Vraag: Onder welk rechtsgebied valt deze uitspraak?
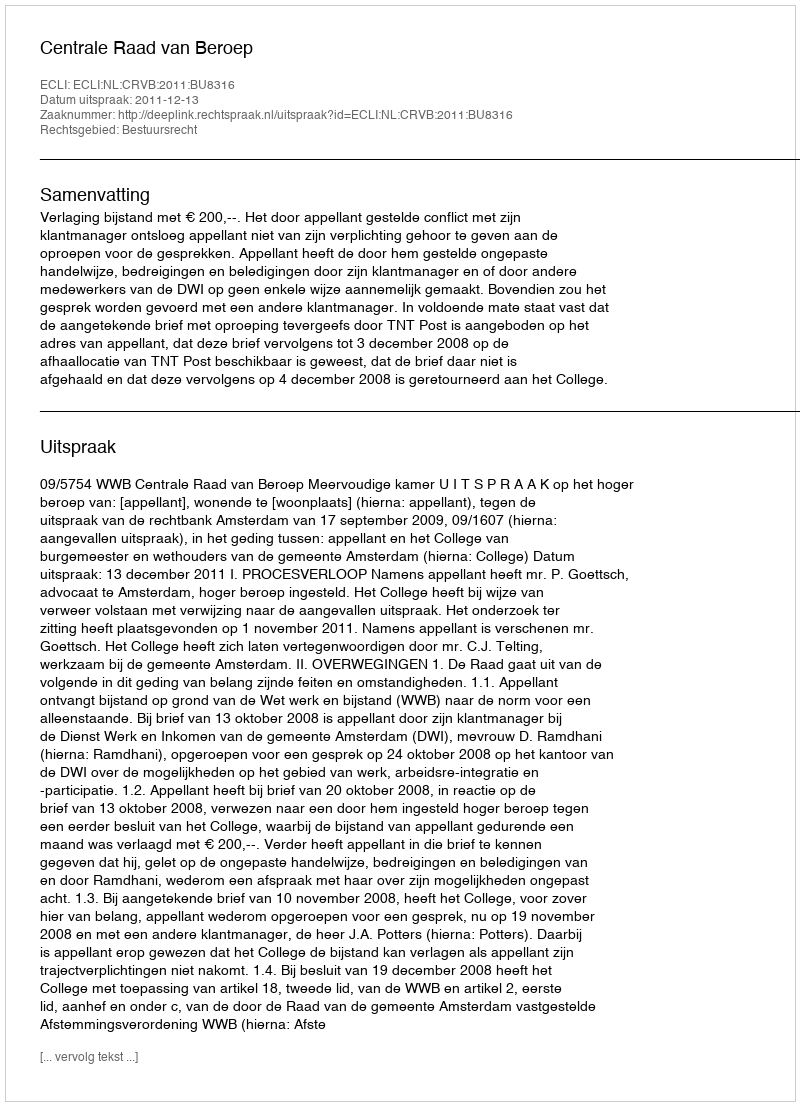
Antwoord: Bestuursrecht